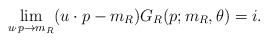
\begin{align*}\lim_{u\cdot p\to m_R}(u\cdot p-m_R)G_R(p; m_R,\theta)=i.\end{align*}